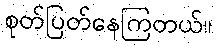
စုတ်ပြတ်နေကြတယ်။